Eesti_Vabariigi_Tartu_Ulikool, lk 56
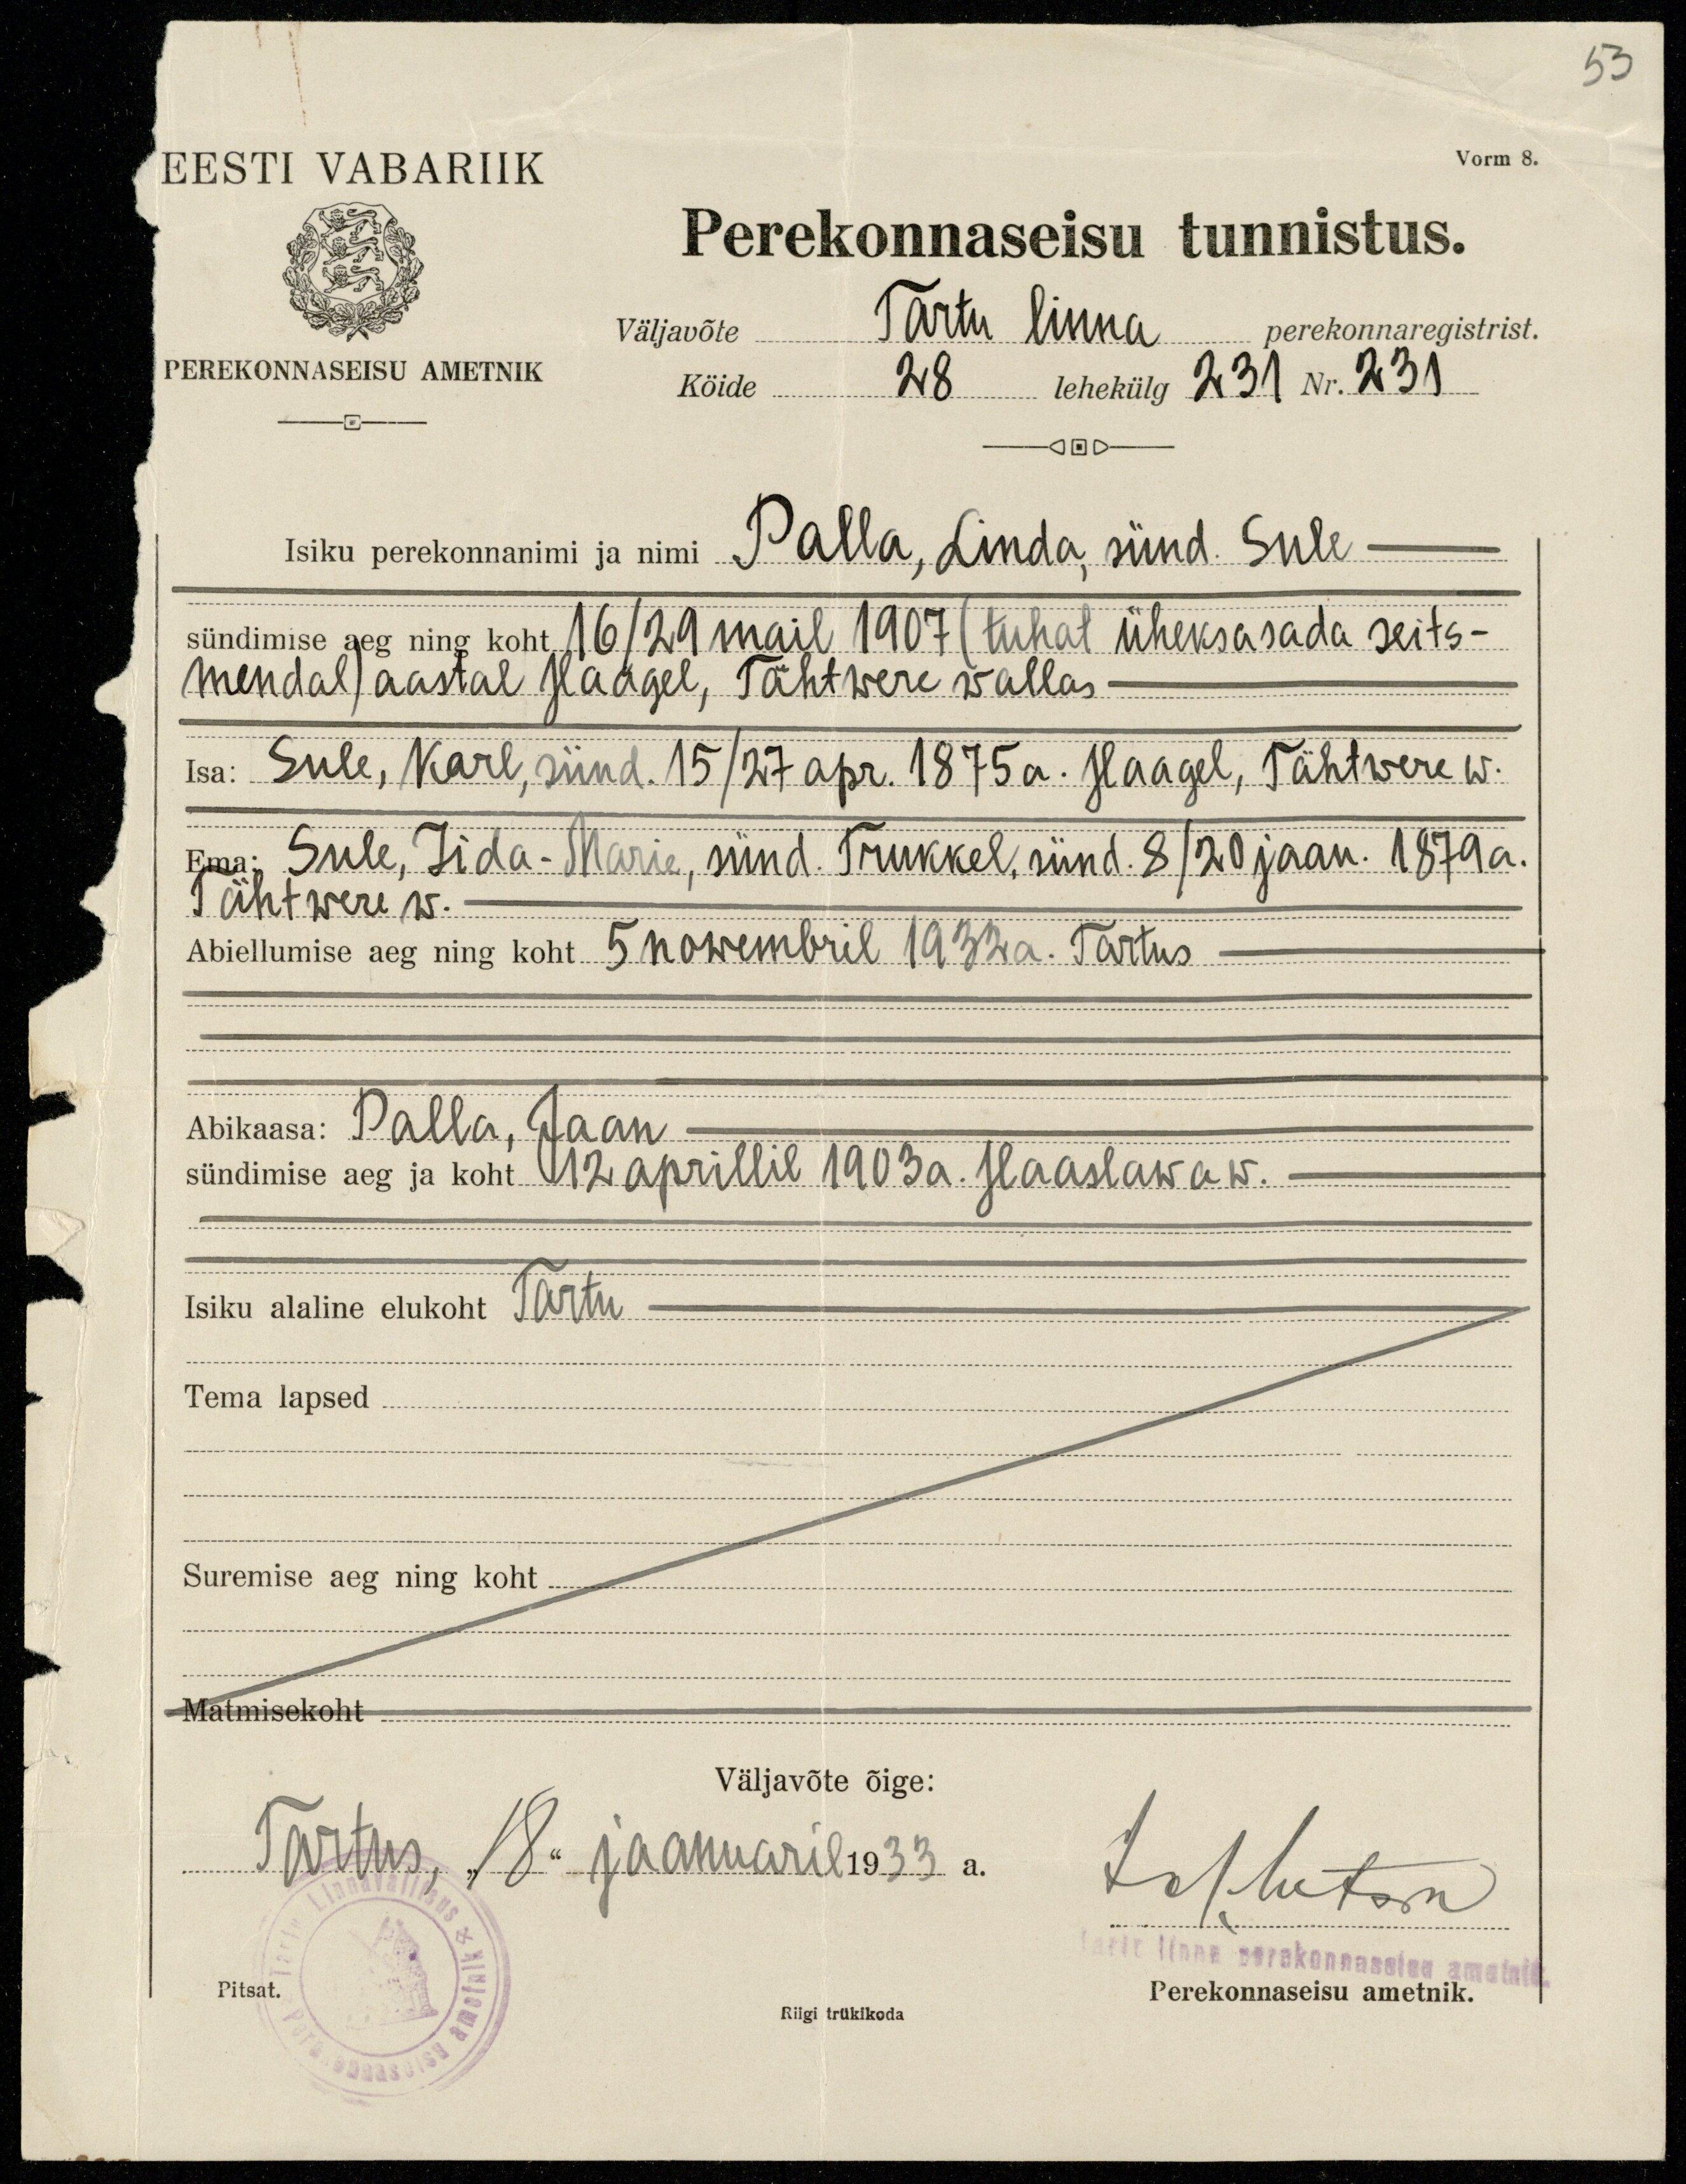
53
Vorm 8.
EESTI VABARIIK
PEREKONNAEISU AMETNIK
Perekonnaseisu tunnistus.
Väljavõte Tartu linna perekonnaregistrist.
Kõide 28 lehekülg 231 Nr. 231
Isiku perekonnanimi ja nimi Palla, Linda, sünd. Sule
sündimise aeg ning koht 16/29 mail 1907 (tuhat üheksasada seits-
mendal) aastal Haagel, Tähtwere wallas
Isa: Sule, Karl, sünd. 15/27 apr. 1875 a. Haagel, Tähtwere w.
Ema: Sule, Iida-Marie, sünd. Trukkel, sünd. 8/20 jaan. 1879 a.
Tähtwere w.
Abiellumise aeg ning koht 5 nowembril 1932a. Tartus
Abikaasa: Palla, Jaan
sündimise aeg ja koht 12 aprillil 1903a. Haaslawa w.
Isiku alaline elukoht Tartu
Tema lapsed.
Suremise aeg ning koht
Matmisekoht
Väljavõte õige:
Tartus, "18" jaanuaril 1933 a.
Johtutan
Tartu linna perekonnaseisu ametnik
Pitsat.
Riigi trükikoda
Perekonnaseisu ametnik.